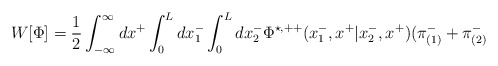
\begin{align*}W[{\Phi}]= \frac{1}{2} \int_{-\infty}^{\infty} dx^{+} \int_0^L dx_1^{-}\int_0^L dx_2^{-} {\Phi}^{\star,++}(x_1^{-}, x^{+}|x_2^{-}, x^{+}) ( {\pi}_{(1)}^{-} + {\pi}_{(2)}^{-}\end{align*}